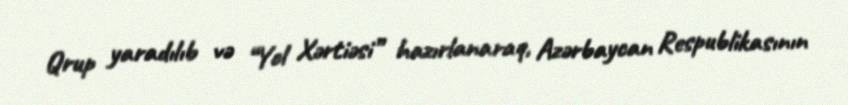
Qrup yaradılıb və “Yol Xərtiəsi” hazırlanaraq, Azərbaycan Respublikasının